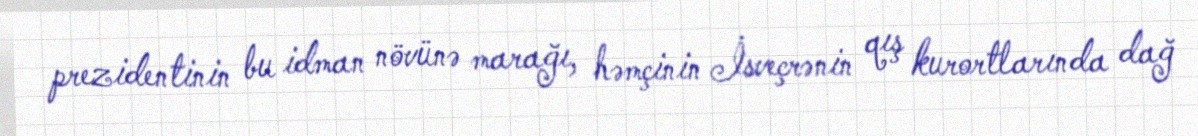
prezidentinin bu idman növünə marağı, həmçinin İsveçrənin qış kurortlarında dağ